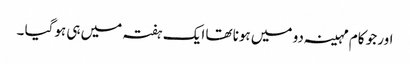
اور جو کام مہینہ دو میں ہونا تھا ایک ہفتہ میں ہی ہوگیا ۔